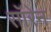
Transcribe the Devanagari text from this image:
सॉरेन